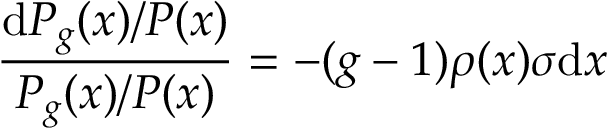
\frac { \mathrm { d } P _ { g } ( x ) / P ( x ) } { P _ { g } ( x ) / P ( x ) } = - ( g - 1 ) \rho ( x ) \sigma \mathrm { d } x